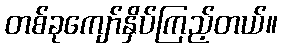
တစ်ခုကျော်နှိပ်ကြည့်တယ်။